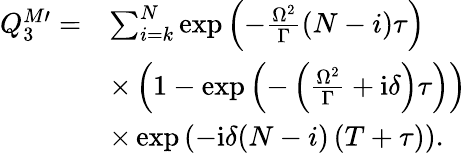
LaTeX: \begin{array}{rl}{Q_{3}^{M\prime}=}&{\sum_{i=k}^{N}\exp\left(-\frac{\Omega^{2}}{\Gamma}(N-i)\tau\right)}\\ &{\times\left(1-\exp\left(-\left(\frac{\Omega^{2}}{\Gamma}+\mathrm{i}\delta\right)\tau\right)\right)}\\ &{\times\exp\left(-\mathrm{i}\delta(N-i)\left(T+\tau\right)\right).}\end{array}